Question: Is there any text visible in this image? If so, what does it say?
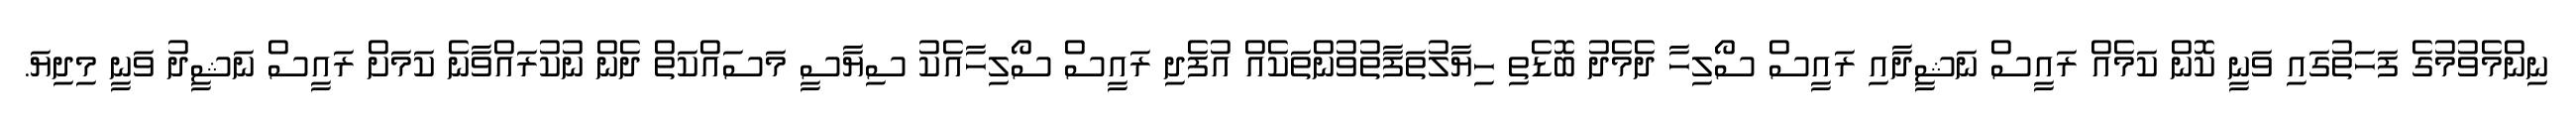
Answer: ނިންމެވުމުގެ ފަހަތުގައި ވަނީ ކޮން ކަމެއް ރައީސް ނަޝީދާއި ރައީސް ސޯލިހާ ދެމެދު ބޮޑެތި ހިޔާލުތަފާތުވުންތަކެއް އުފެދި ރައީސް ސޯލިހާއެކު ސިޔާސީ މަސައްކަތް ދެން ނުކުރައްވާނެ ކަމަށް ރައީސް ނަޝީދު ވަނީ މިދިޔަ.